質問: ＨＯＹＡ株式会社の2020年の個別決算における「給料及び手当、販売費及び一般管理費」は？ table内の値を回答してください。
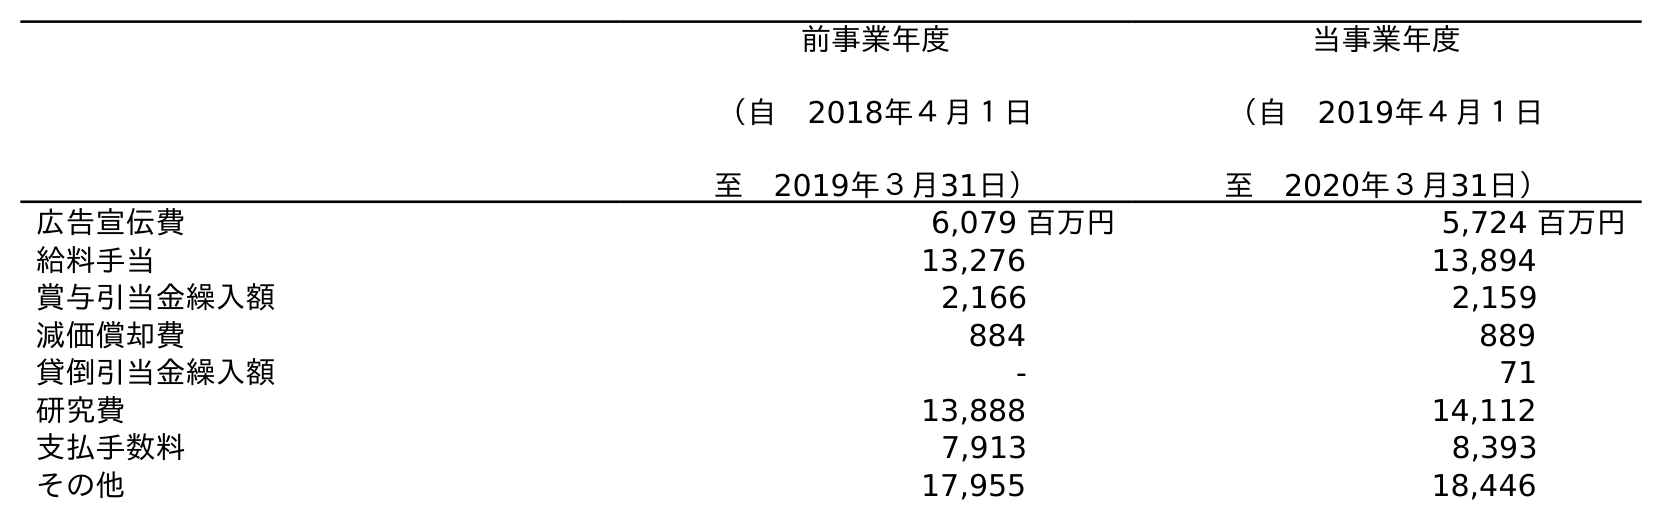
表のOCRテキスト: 前事業年度 （自 2018年４月１日 至 2019年３月31日） 当事業年度 （自 2019年４月１日 至 2020年３月31日） 広告宣伝費 6,079 百万円 5,724 百万円 給料手当 13,276 13,894 賞与引当金繰入額 2,166 2,159 減価償却費 884 889 貸倒引当金繰入額 - 71 研究費 13,888 14,112 支払手数料 7,913 8,393 その他 17,955 18,446
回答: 13,894